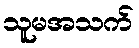
သူမအသက်